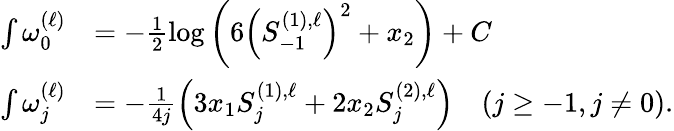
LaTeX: \begin{array}{rl}{\int\omega_{0}^{(\ell)}}&{=-\frac{1}{2}\log\left(6\left(S_{-1}^{(1),\ell}\right)^{2}+x_{2}\right)+C}\\ {\int\omega_{j}^{(\ell)}}&{=-\frac{1}{4j}\left(3x_{1}S_{j}^{(1),\ell}+2x_{2}S_{j}^{(2),\ell}\right)\quad(j\geq-1,j\neq 0).}\end{array}